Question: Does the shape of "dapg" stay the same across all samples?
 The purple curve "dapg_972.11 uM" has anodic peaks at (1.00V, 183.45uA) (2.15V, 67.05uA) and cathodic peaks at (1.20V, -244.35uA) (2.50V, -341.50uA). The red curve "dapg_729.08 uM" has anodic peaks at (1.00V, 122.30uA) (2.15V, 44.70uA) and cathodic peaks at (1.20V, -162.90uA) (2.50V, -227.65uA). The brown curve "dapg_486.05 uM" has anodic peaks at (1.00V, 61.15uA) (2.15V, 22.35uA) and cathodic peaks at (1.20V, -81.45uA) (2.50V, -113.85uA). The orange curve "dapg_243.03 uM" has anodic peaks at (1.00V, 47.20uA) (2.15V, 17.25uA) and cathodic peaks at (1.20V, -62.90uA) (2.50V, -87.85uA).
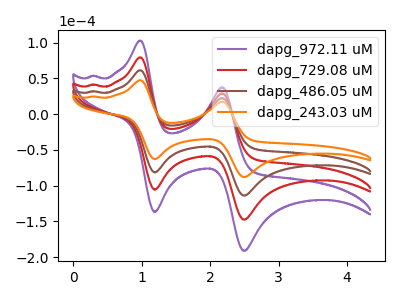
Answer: <think>All the peaks in "dapg_972.11 uM" have a peak in "dapg_729.08 uM" at the same potential. Every peak in "dapg_972.11 uM" is higher than every peak in "dapg_729.08 uM". All the peaks in "dapg_972.11 uM" have a peak in "dapg_486.05 uM" at the same potential. Every peak in "dapg_972.11 uM" is higher than every peak in "dapg_486.05 uM". All the peaks in "dapg_972.11 uM" have a peak in "dapg_243.03 uM" at the same potential. Every peak in "dapg_972.11 uM" is higher than every peak in "dapg_243.03 uM". All the peaks in "dapg_729.08 uM" have a peak in "dapg_486.05 uM" at the same potential. Every peak in "dapg_729.08 uM" is higher than every peak in "dapg_486.05 uM". All the peaks in "dapg_729.08 uM" have a peak in "dapg_243.03 uM" at the same potential. Every peak in "dapg_729.08 uM" is higher than every peak in "dapg_243.03 uM". All the peaks in "dapg_486.05 uM" have a peak in "dapg_243.03 uM" at the same potential. Every peak in "dapg_486.05 uM" is higher than every peak in "dapg_243.03 uM".
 </think>
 <answer>All the CV's of "dapg" have similar shape.</answer>
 <eval>follow_rule</eval>